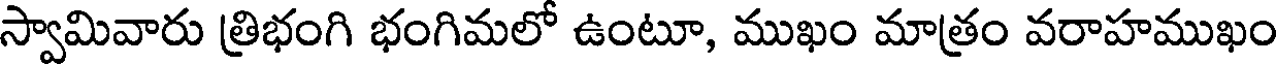
స్వామివారు త్రిభంగి భంగిమలో ఉంటూ, ముఖం మాత్రం వరాహముఖం